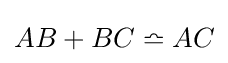
AB+BC\bumpeq AC